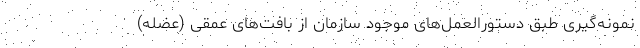
نمونه‌گيری طبق دستورالعمل‌های موجود سازمان از بافت‌های عمقی (عضله)